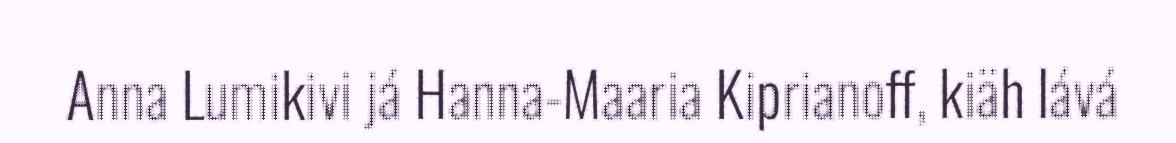
Anna Lumikivi já Hanna-Maaria Kiprianoff, kiäh lává